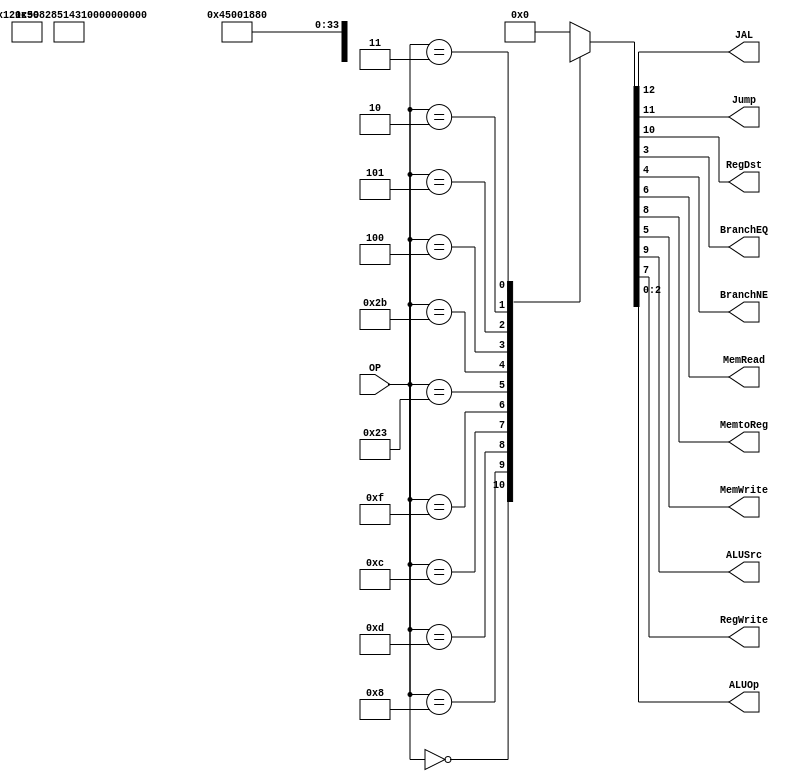
/******************************************************************
* Description
*	This is control unit for the MIPS processor. The control unit is 
*	in charge of generation of the control signals. Its only input 
*	corresponds to opcode from the instruction.
*	1.0
* Author:
*	Dr. Jos Luis Pizano Escalante
* email:
*	luispizano@iteso.mx
* Date:
*	01/03/2014
******************************************************************/
module Control
(
	input [5:0]OP,
	
	output JAL,
	output Jump,
	output RegDst,
	output BranchEQ,
	output BranchNE,
	output MemRead,
	output MemtoReg,
	output MemWrite,
	output ALUSrc,
	output RegWrite,
	output [2:0]ALUOp
);

//opcodes
localparam R_Type 		= 0;
localparam I_Type_ADDI 	= 6'h08;
localparam I_Type_ORI 	= 6'h0d;
localparam I_Type_ANDI	= 6'h0c;
localparam I_Type_LUI	= 6'h0f;
localparam I_Type_LW		= 6'h23;
localparam I_Type_SW		= 6'h2b;
localparam I_Type_BEQ	= 6'h04;
localparam I_Type_BNE	= 6'h05;

localparam J_Type_J		= 6'h02;
localparam J_Type_JAL	= 6'h03;
// localparam JR			= 6'h0 es tipo R


reg [12:0] ControlValues;

always@(OP) begin
	casex(OP)
		R_Type:      ControlValues= 13'b00_1_001_00_00_111;
		I_Type_ADDI: ControlValues= 13'b00_0_101_00_00_100;
		I_Type_ORI:	 ControlValues= 13'b00_0_101_00_00_101;
		I_Type_ANDI: ControlValues= 13'b00_0_101_00_00_110;
		I_Type_LUI:	 ControlValues= 13'b00_0_101_00_00_000;
		I_Type_LW:	 ControlValues= 13'b00_0_111_10_00_100; //hace una suma
		I_Type_SW:	 ControlValues= 13'b00_0_100_01_00_100; //hace otra suma
		I_Type_BEQ:	 ControlValues= 13'b00_0_0x0_00_01_001; //hacer restas
		I_Type_BNE:  ControlValues= 13'b00_0_0x0_00_10_001;

		J_Type_J:	 ControlValues= 13'b01_0_000_00_00_000;
		J_Type_JAL:	 ControlValues= 13'b11_0_001_00_00_000;
		
		default:
			ControlValues= 13'b00_0_000_00_00_000;
		endcase
end	

assign JAL			= ControlValues[12];		// 0 WritreBack a RegFile,		1 Escribe en RegFile Resultado del salto
assign Jump			= ControlValues[11];		// 0 no salta,						1 salta		

assign RegDst 		= ControlValues[10];		// 0 para guardar en rt, 		1 para guardar en rd

assign ALUSrc 		= ControlValues[9];		// 0 para alimentar readData2,1 para alimentar inmediato extendido,
assign MemtoReg 	= ControlValues[8];		// 0 hace WB de ALU, 			1 hace WB de RAM
assign RegWrite 	= ControlValues[7];		// 0 no guarda, 					1 pone en WriteRegister lo de WriteData

assign MemRead 	= ControlValues[6];		// 1 pone contenido de la direccin input como salida
assign MemWrite 	= ControlValues[5];		// 1 reemplaza el valor en la direccin por el input de write data

assign BranchNE 	= ControlValues[4];		
assign BranchEQ 	= ControlValues[3];

assign ALUOp 		= ControlValues[2:0];		// valor que ejecuta la ALU

endmodule